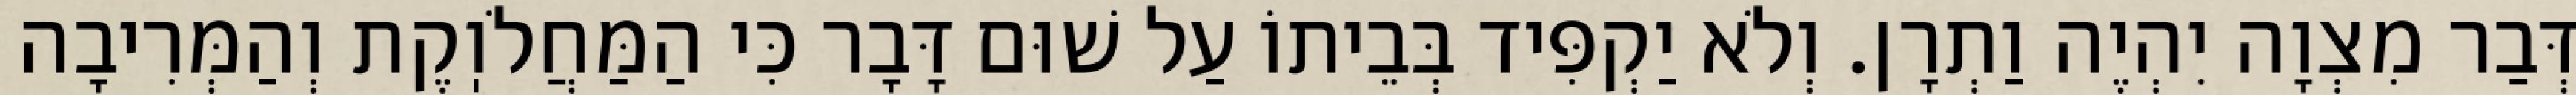
דְּבַר מִצְוָה יִהְיֶה וַתְרָן. וְלֹא יַקְפִּיד בְּבֵיתוֹ עַל שׁוּם דָּבָר כִּי הַמַּחֲלֹוֽקֶת וְהַמְּרִיבָה